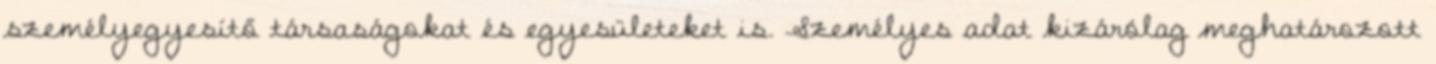
személyegyesítő társaságokat és egyesületeket is. Személyes adat kizárólag meghatározott